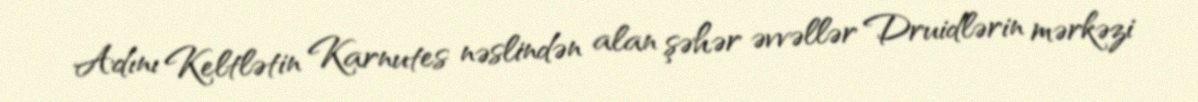
Adını Keltlətin Karnutes nəslindən alan şəhər əvvəllər Druidlərin mərkəzi